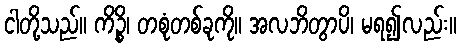
ငါတို့သည်။ ကိဉ္စိ၊ တစုံတစ်ခုကို။ အလဘိတွာပိ၊ မရ၍လည်း။